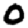
Digit: 0